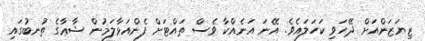
ޒިޔަޒަންއަށް ދޭހަވި ކަހަލައެވެ. އޭނަ އަނެއްކާ ވެސް ތައްޓަށް ފެންއަޅާލަމުން ޝާޢާގެ ތުނބުގައި